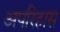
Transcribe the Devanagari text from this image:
अपरिहास